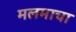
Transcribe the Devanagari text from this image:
मलमाचा